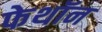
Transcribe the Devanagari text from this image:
फेथॉन